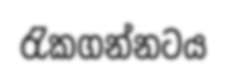
රැකගන්නටය